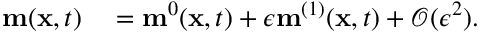
\begin{array} { r l } { \mathbf { m } ( \mathbf { x } , t ) } & { { } = \mathbf { m } ^ { 0 } ( \mathbf { x } , t ) + \epsilon \mathbf { m } ^ { ( 1 ) } ( \mathbf { x } , t ) + \mathcal { O } ( \epsilon ^ { 2 } ) . } \end{array}